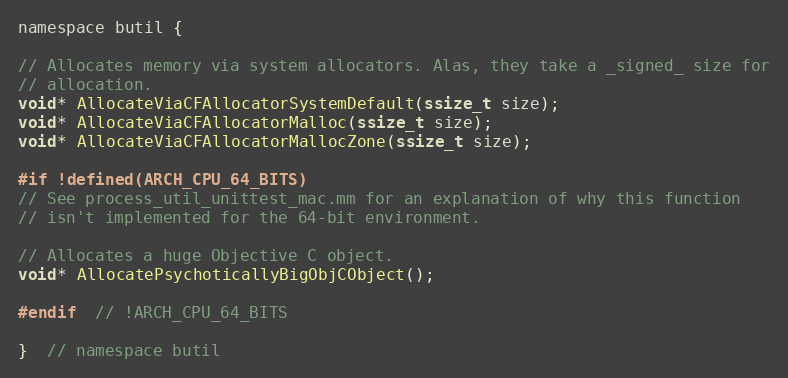
Language: C
namespace butil {

// Allocates memory via system allocators. Alas, they take a _signed_ size for
// allocation.
void* AllocateViaCFAllocatorSystemDefault(ssize_t size);
void* AllocateViaCFAllocatorMalloc(ssize_t size);
void* AllocateViaCFAllocatorMallocZone(ssize_t size);

#if !defined(ARCH_CPU_64_BITS)
// See process_util_unittest_mac.mm for an explanation of why this function
// isn't implemented for the 64-bit environment.

// Allocates a huge Objective C object.
void* AllocatePsychoticallyBigObjCObject();

#endif  // !ARCH_CPU_64_BITS

}  // namespace butil